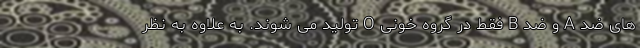
های ضد A و ضد B فقط در گروه خونی O تولید می شوند. به علاوه به نظر